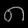
Digit: ၈